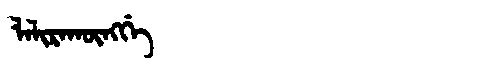
Manchu: ᠯᠠᠯᡳᡵᠠᡴᡡᠩᡤᡝ
Romanization: LALIRAKŪNGGE